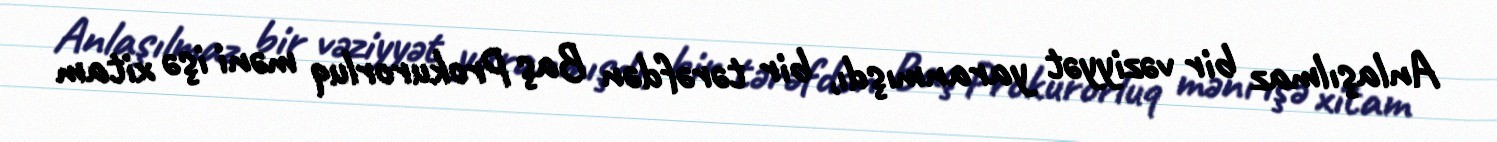
Anlaşılmaz bir vəziyyət yaranmışdı, bir tərəfdən Baş Prokurorluq məni işə xitam